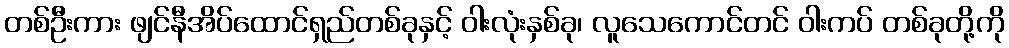
တစ်ဦးကား ဖျင်နီအိပ်ထောင်ရှည်တစ်ခုနှင့် ဝါးလုံးနှစ်ခု၊ လူသေကောင်တင် ဝါးကပ် တစ်ခုတို့ကို